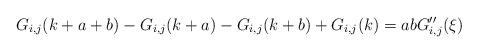
LaTeX: \begin{align*} G_{i,j}(k+a+b)-G_{i,j}(k+a)- G_{i,j}(k+b)+ G_{i,j}(k)=abG_{i,j}''(\xi)\end{align*}